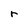
Character: r